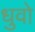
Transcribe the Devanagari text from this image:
धुवो